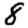
Digit: 8